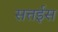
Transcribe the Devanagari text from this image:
सत्तईस